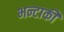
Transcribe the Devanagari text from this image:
भन्टाकी